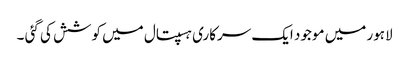
لاہور میں موجود ایک سرکاری ہسپتال میں کوشش کی گئی ۔